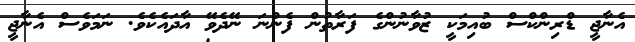
އެނާޖީ ޑްރިންކްސް ބުއިމަކީ ޒުވާނުންގެ ފަރާތުން ފެންނަ ނޭދެވޭ އާދައެކެވެ. ނަމަވެސް އެނާޖީ